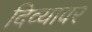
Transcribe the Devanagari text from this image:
दिव्यावर